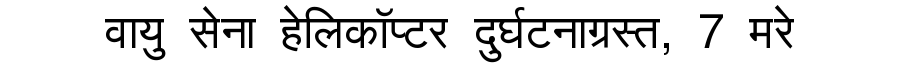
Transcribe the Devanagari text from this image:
वायु सेना हेलिकॉप्टर दुर्घटनाग्रस्त, 7 मरे